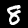
Digit: 8